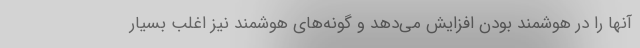
آنها را در هوشمند بودن افزایش می‌دهد و گونه‌های هوشمند نیز اغلب بسیار